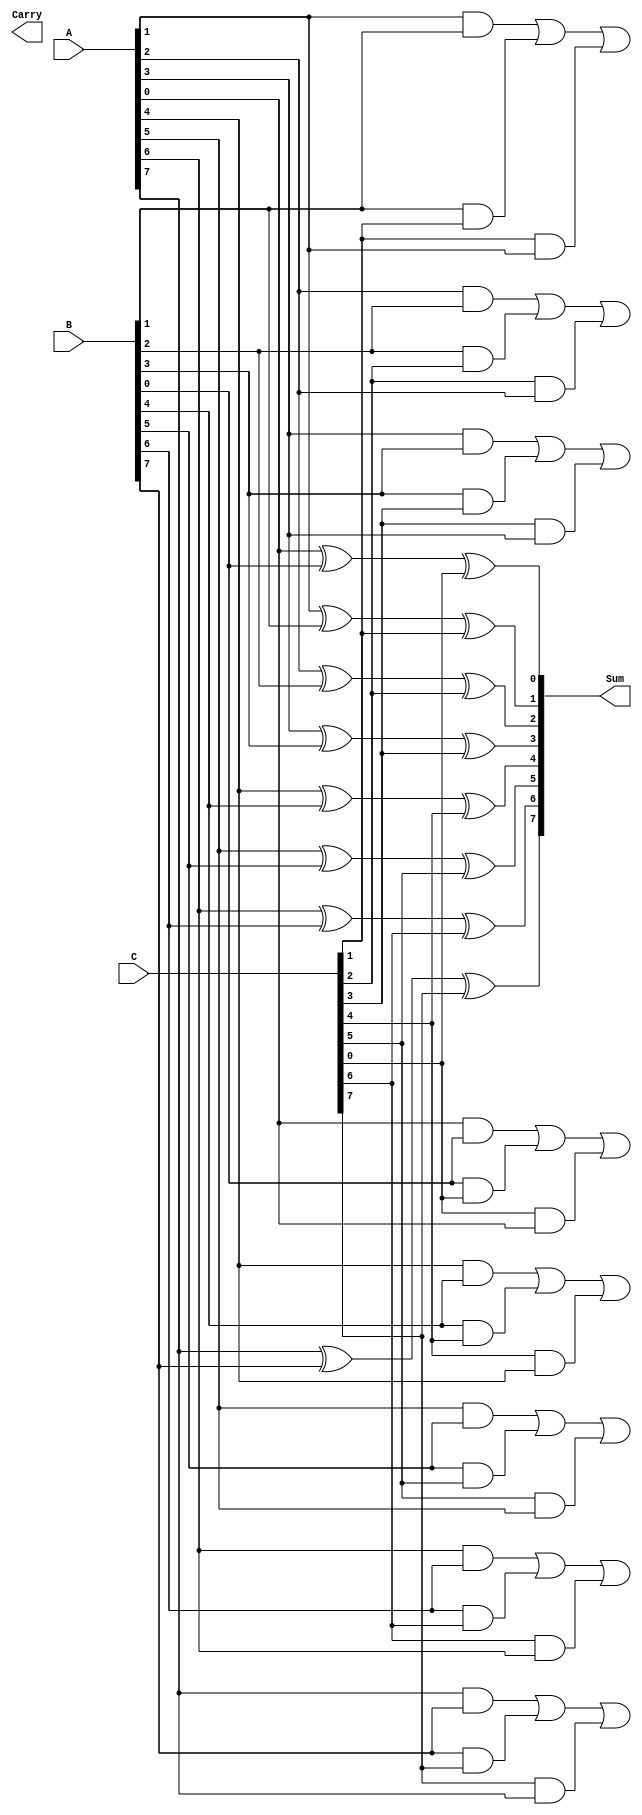
module CarrySaveAdder #(parameter n = 8) (
    input  [n-1:0] A,  // First input
    input  [n-1:0] B,  // Second input
    input  [n-1:0] C,  // Third input
    output [n-1:0] Sum, // Sum output
    output [n:0]   Carry // Carry output (n+1 bits)
);

    // Intermediate carry signals
    wire [n:0] carry; // Carry bits for each position

    // Generate sum and carry for each bit position
    genvar i;
    generate
        for (i = 0; i < n; i = i + 1) begin : CSA
            // Sum calculation
            assign Sum[i] = A[i] ^ B[i] ^ C[i];

            // Carry calculation
            assign carry[i+1] = (A[i] & B[i]) | (B[i] & C[i]) | (C[i] & A[i]);
        end
    endgenerate

    // Assign the final carry output
    assign Carry = carry;

endmodule